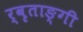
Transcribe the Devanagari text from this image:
र्वृताङ्गी